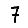
Digit: 7